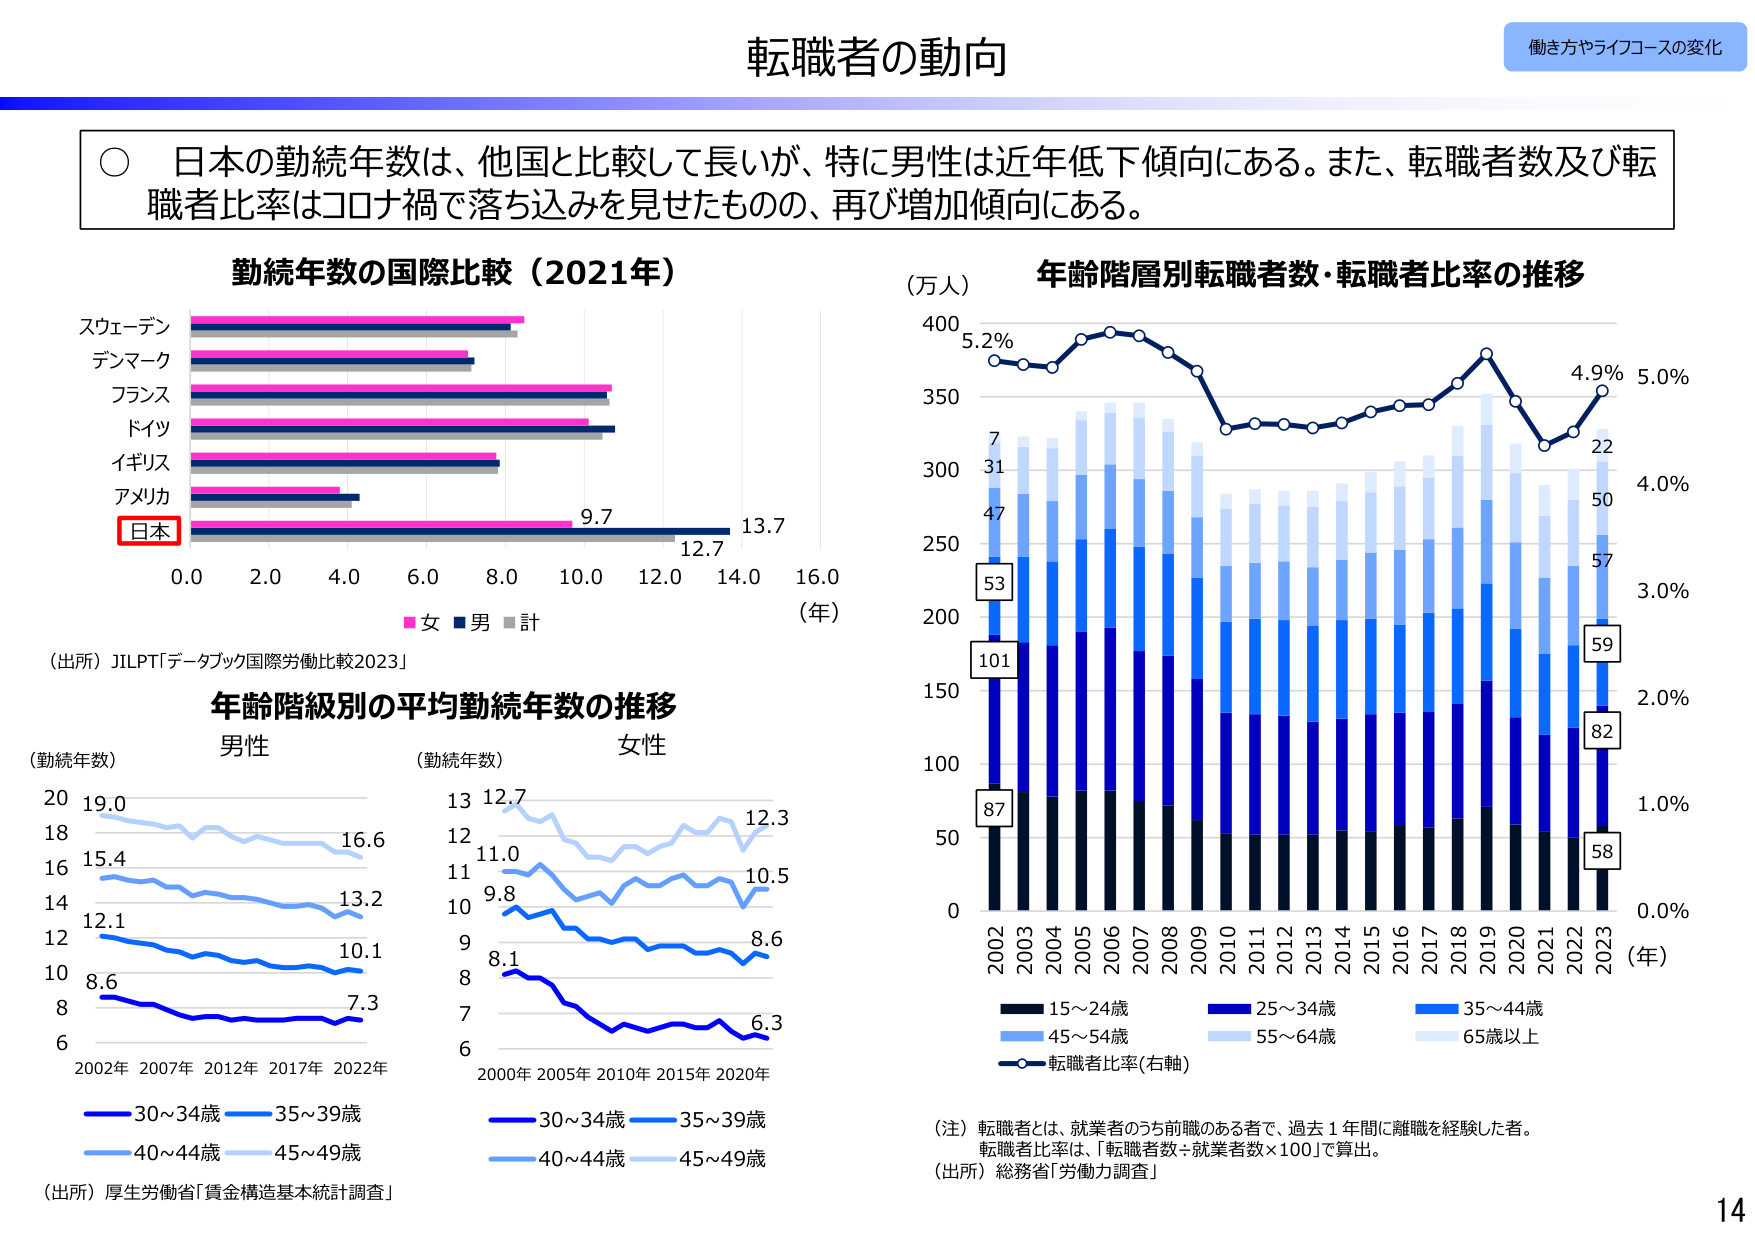
転職者の動向
働き方やライフコースの変化

○ 日本の勤続年数は、他国と比較して長いが、特に男性は近年低下傾向にある。また、転職者数及び転職者比率はコロナ禍で落ち込みを見せたものの、再び増加傾向にある。

勤続年数の国際比較（2021年）
スウェーデン
デンマーク
フランス
ドイツ
イギリス
アメリカ
日本
9.7 12.7 13.7
0.0 2.0 4.0 6.0 8.0 10.0 12.0 14.0 16.0 （年）
■女 ■男 ■計
（出所）JILPT「データブック国際労働比較2023」

年齢階級別の平均勤続年数の推移
（勤続年数） 男性
20 19.0
18 15.4
16 12.1
14 8.6
12
10
8
6
2002年 2007年 2012年 2017年 2022年
■30～34歳 ■35～39歳
■40～44歳 ■45～49歳
（出所）厚生労働省「賃金構造基本統計調査」

（勤続年数） 女性
13 12.7
12 11.0
11 9.8
10 8.1
9
8
7
6
2000年 2005年 2010年 2015年 2020年
■30～34歳 ■35～39歳
■40～44歳 ■45～49歳

年齢階層別転職者数・転職者比率の推移
（万人）
400
350
300
250
200
150
100
50
0
2002 2003 2004 2005 2006 2007 2008 2009 2010 2011 2012 2013 2014 2015 2016 2017 2018 2019 2020 2021 2022 2023 （年）
■15～24歳
■25～34歳
■35～44歳
■45～54歳
■55～64歳
■65歳以上
■転職者比率（右軸）
5.2%
7
31
47
53
101
87
5.0%
4.9%
4.0%
3.0%
2.0%
1.0%
0.0%
22
50
57
59
82
58

（注）転職者とは、就業者のうち前職のある者で、過去1年間に離職を経験した者。
転職者比率は、「転職者数÷就業者数×100」で算出。
（出所）総務省「労働力調査」

14